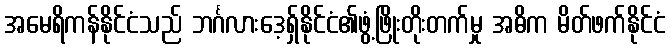
အမေရိကန်နိုင်ငံသည် ဘင်္ဂလားဒေ့ရှ်နိုင်ငံ၏ဖွံ့ဖြိုးတိုးတက်မှု အဓိက မိတ်ဖက်နိုင်ငံ